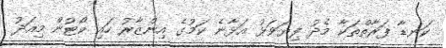
ކަނޑާ ފަރާތްތަކާ މެދު ފިޔަވަޅު އަޅާނެ ކަމުގެ އިންޒާރު ހައި ކޯޓުން މިއަދު